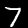
Digit: 7